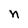
Character: n